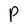
Character: P